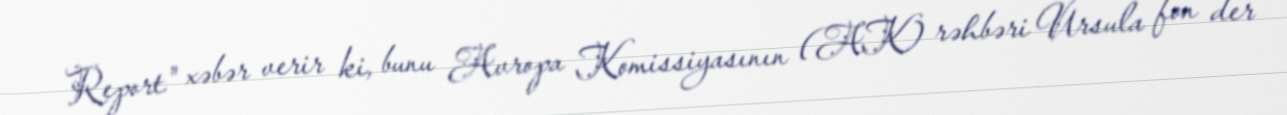
Report" xəbər verir ki, bunu Avropa Komissiyasının (AK) rəhbəri Ursula fon der